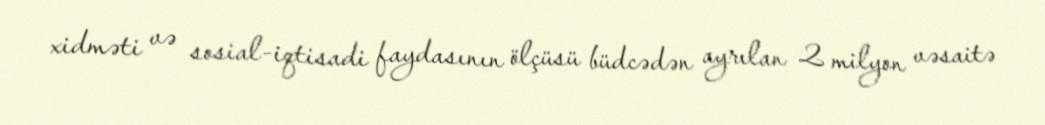
xidməti və sosial-iqtisadi faydasının ölçüsü büdcədən ayrılan 2 milyon vəsaitə